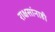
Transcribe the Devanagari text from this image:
राक्षसांनाही